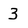
Character: 3